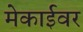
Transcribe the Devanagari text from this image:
मेकाईवर